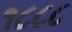
૧૮૮૮